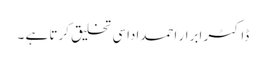
ڈاکٹر ابرار احمداداسی تخلیق کرتا ہے ۔